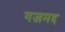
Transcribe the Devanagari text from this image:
गजमद